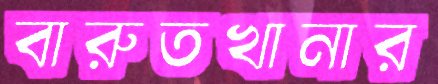
বারুতখানার